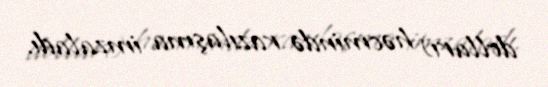
dolları) həcmində razılaşma imzaladı.